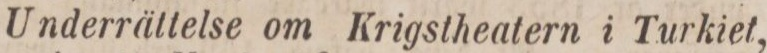
Underrättelse om Krigstheatern i Turkiet,